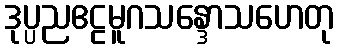
ဒုပ္ပညဧဠမူဂသန္ဒောသဟေတု